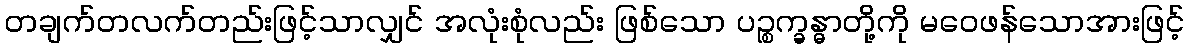
တချက်တလက်တည်းဖြင့်သာလျှင် အလုံးစုံလည်း ဖြစ်သော ပဉ္စက္ခန္ဓာတို့ကို မဝေဖန်သောအားဖြင့်